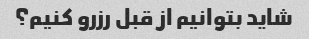
شاید بتوانیم از قبل رزرو کنیم؟